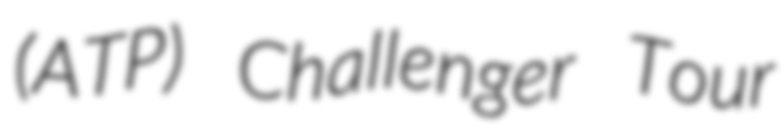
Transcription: (ATP) Challenger Tour